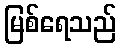
မြစ်ရေသည်